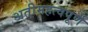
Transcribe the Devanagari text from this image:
अतीमहत्वपूर्ण